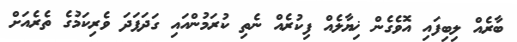
ބާރެއް ލިބިފައި އޮވެގެން ޚިޔާލެއް ފިކުރެއް ނެތި ކުރަމުންއައި ގަދަފަދަ ވެރިކަމުގެ ތެރެއަށް